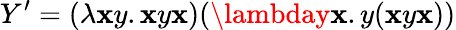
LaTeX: Y^{\prime}=(\lambda\mathbf{x}y.\mathbf{x}y\mathbf{x})(\lambday\mathbf{x}.y(\mathbf{x}y\mathbf{x}))